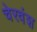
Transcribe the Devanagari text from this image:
चेरवंश